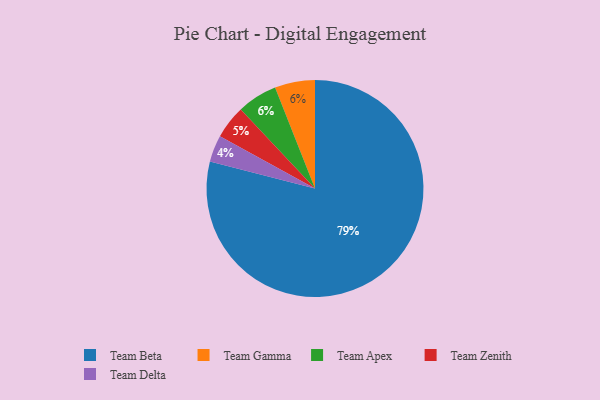
{"axis": {"x": "Category", "y": "Percentage"}, "legend": ["Team Apex", "Team Beta", "Team Delta", "Team Gamma", "Team Zenith"], "data": [{"x": "Team Gamma", "y": 6, "type": "Team Gamma"}, {"x": "Team Delta", "y": 4, "type": "Team Delta"}, {"x": "Team Zenith", "y": 5, "type": "Team Zenith"}, {"x": "Team Beta", "y": 79, "type": "Team Beta"}, {"x": "Team Apex", "y": 6, "type": "Team Apex"}]}